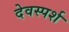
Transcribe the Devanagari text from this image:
देवस्पर्श